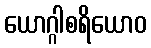
ယောဂ္ဂါစရိယောဝ